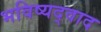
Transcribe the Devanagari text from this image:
भविष्यद्वाद